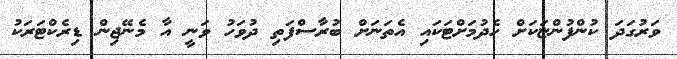
ވަރުގަދަ ކުންފުންޏަކަށް ހެދުމަށްޓަކައި އެތަނަށް ބުރާސްފަތި ދުވަހު ވަނީ އާ މެނޭޖިން ޑިރެކްޓަރަކު